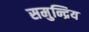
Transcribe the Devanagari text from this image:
समुन्द्रिय